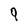
Character: 9